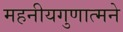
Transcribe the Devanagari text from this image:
महनीयगुणात्मने